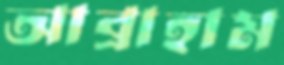
আব্রাহাম